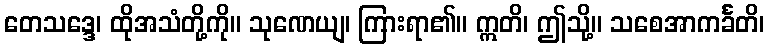
တေသဒ္ဒေ၊ ထိုအသံတို့ကို။ သုဏေယျ၊ ကြားရာ၏။ ဣတိ၊ ဤသို့။ သစေအာကင်္ခတိ၊